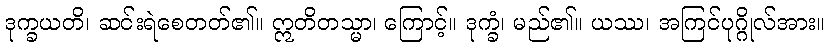
ဒုက္ခယတိ၊ ဆင်းရဲစေတတ်၏။ ဣတိတသ္မာ၊ ကြောင့်။ ဒုက္ခံ၊ မည်၏။ ယဿ၊ အကြင်ပုဂ္ဂိုလ်အား။